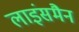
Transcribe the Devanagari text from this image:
लाइंसमैन